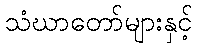
သံဃာတော်များနှင့်